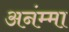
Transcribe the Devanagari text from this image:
अनंम्मा